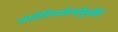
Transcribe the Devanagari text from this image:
साडेतिनशेवर्षापूर्वीचे